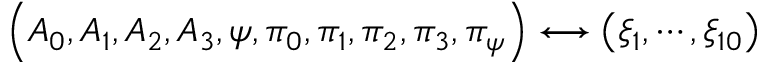
\left( A _ { 0 } , A _ { 1 } , A _ { 2 } , A _ { 3 } , \psi , \pi _ { 0 } , \pi _ { 1 } , \pi _ { 2 } , \pi _ { 3 } , \pi _ { \psi } \right) \longleftrightarrow \left( \xi _ { 1 } , \cdots , \xi _ { 1 0 } \right)